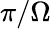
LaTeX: \pi/\Omega